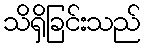
သိရှိခြင်းသည်